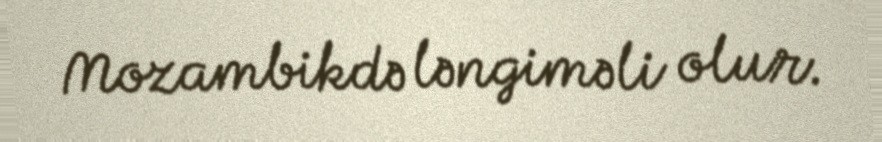
Mozambikdə ləngiməli olur.